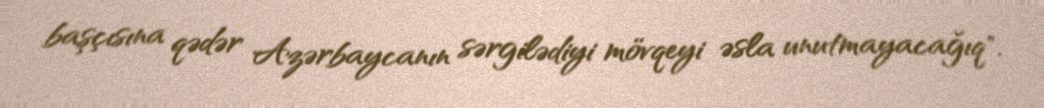
başçısına qədər Azərbaycanın sərgilədiyi mövqeyi əsla unutmayacağıq".